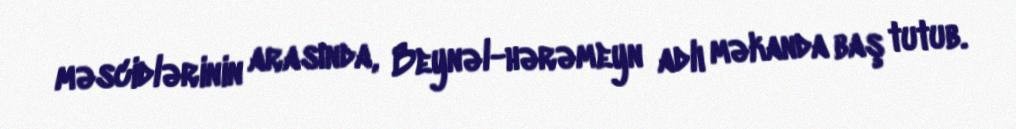
məscidlərinin arasında, Beynəl-hərəmeyn adlı məkanda baş tutub.